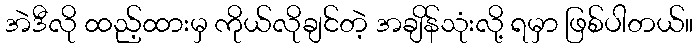
အဲဒီလို ထည့်ထားမှ ကိုယ်လိုချင်တဲ့ အချိန်သုံးလို့ ရမှာ ဖြစ်ပါတယ်။